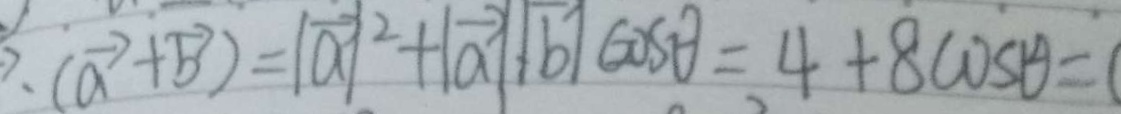
( \overrightarrow { a } + \overrightarrow { b } ) = \vert \overrightarrow { a } \vert ^ { 2 } + \vert \overrightarrow { a } / / \overrightarrow { b } \vert \cos \theta = 4 + 8 \cos \theta =